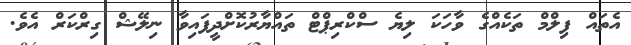
އެތައް ފިލްމް ތަކެއްގެ ވާހަކަ ލިޔެ ސްކްރިޕްޓް ތައްޔާރުކޮށްދީފައިވާ ނިލޭޝް ގިރްކަރް އެވެ.